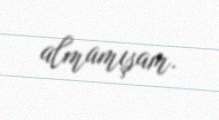
almamışam.